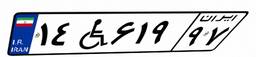
۰۸W۴۷۰۲۶